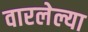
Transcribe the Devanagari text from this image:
वारलेल्या